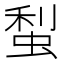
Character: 䖽